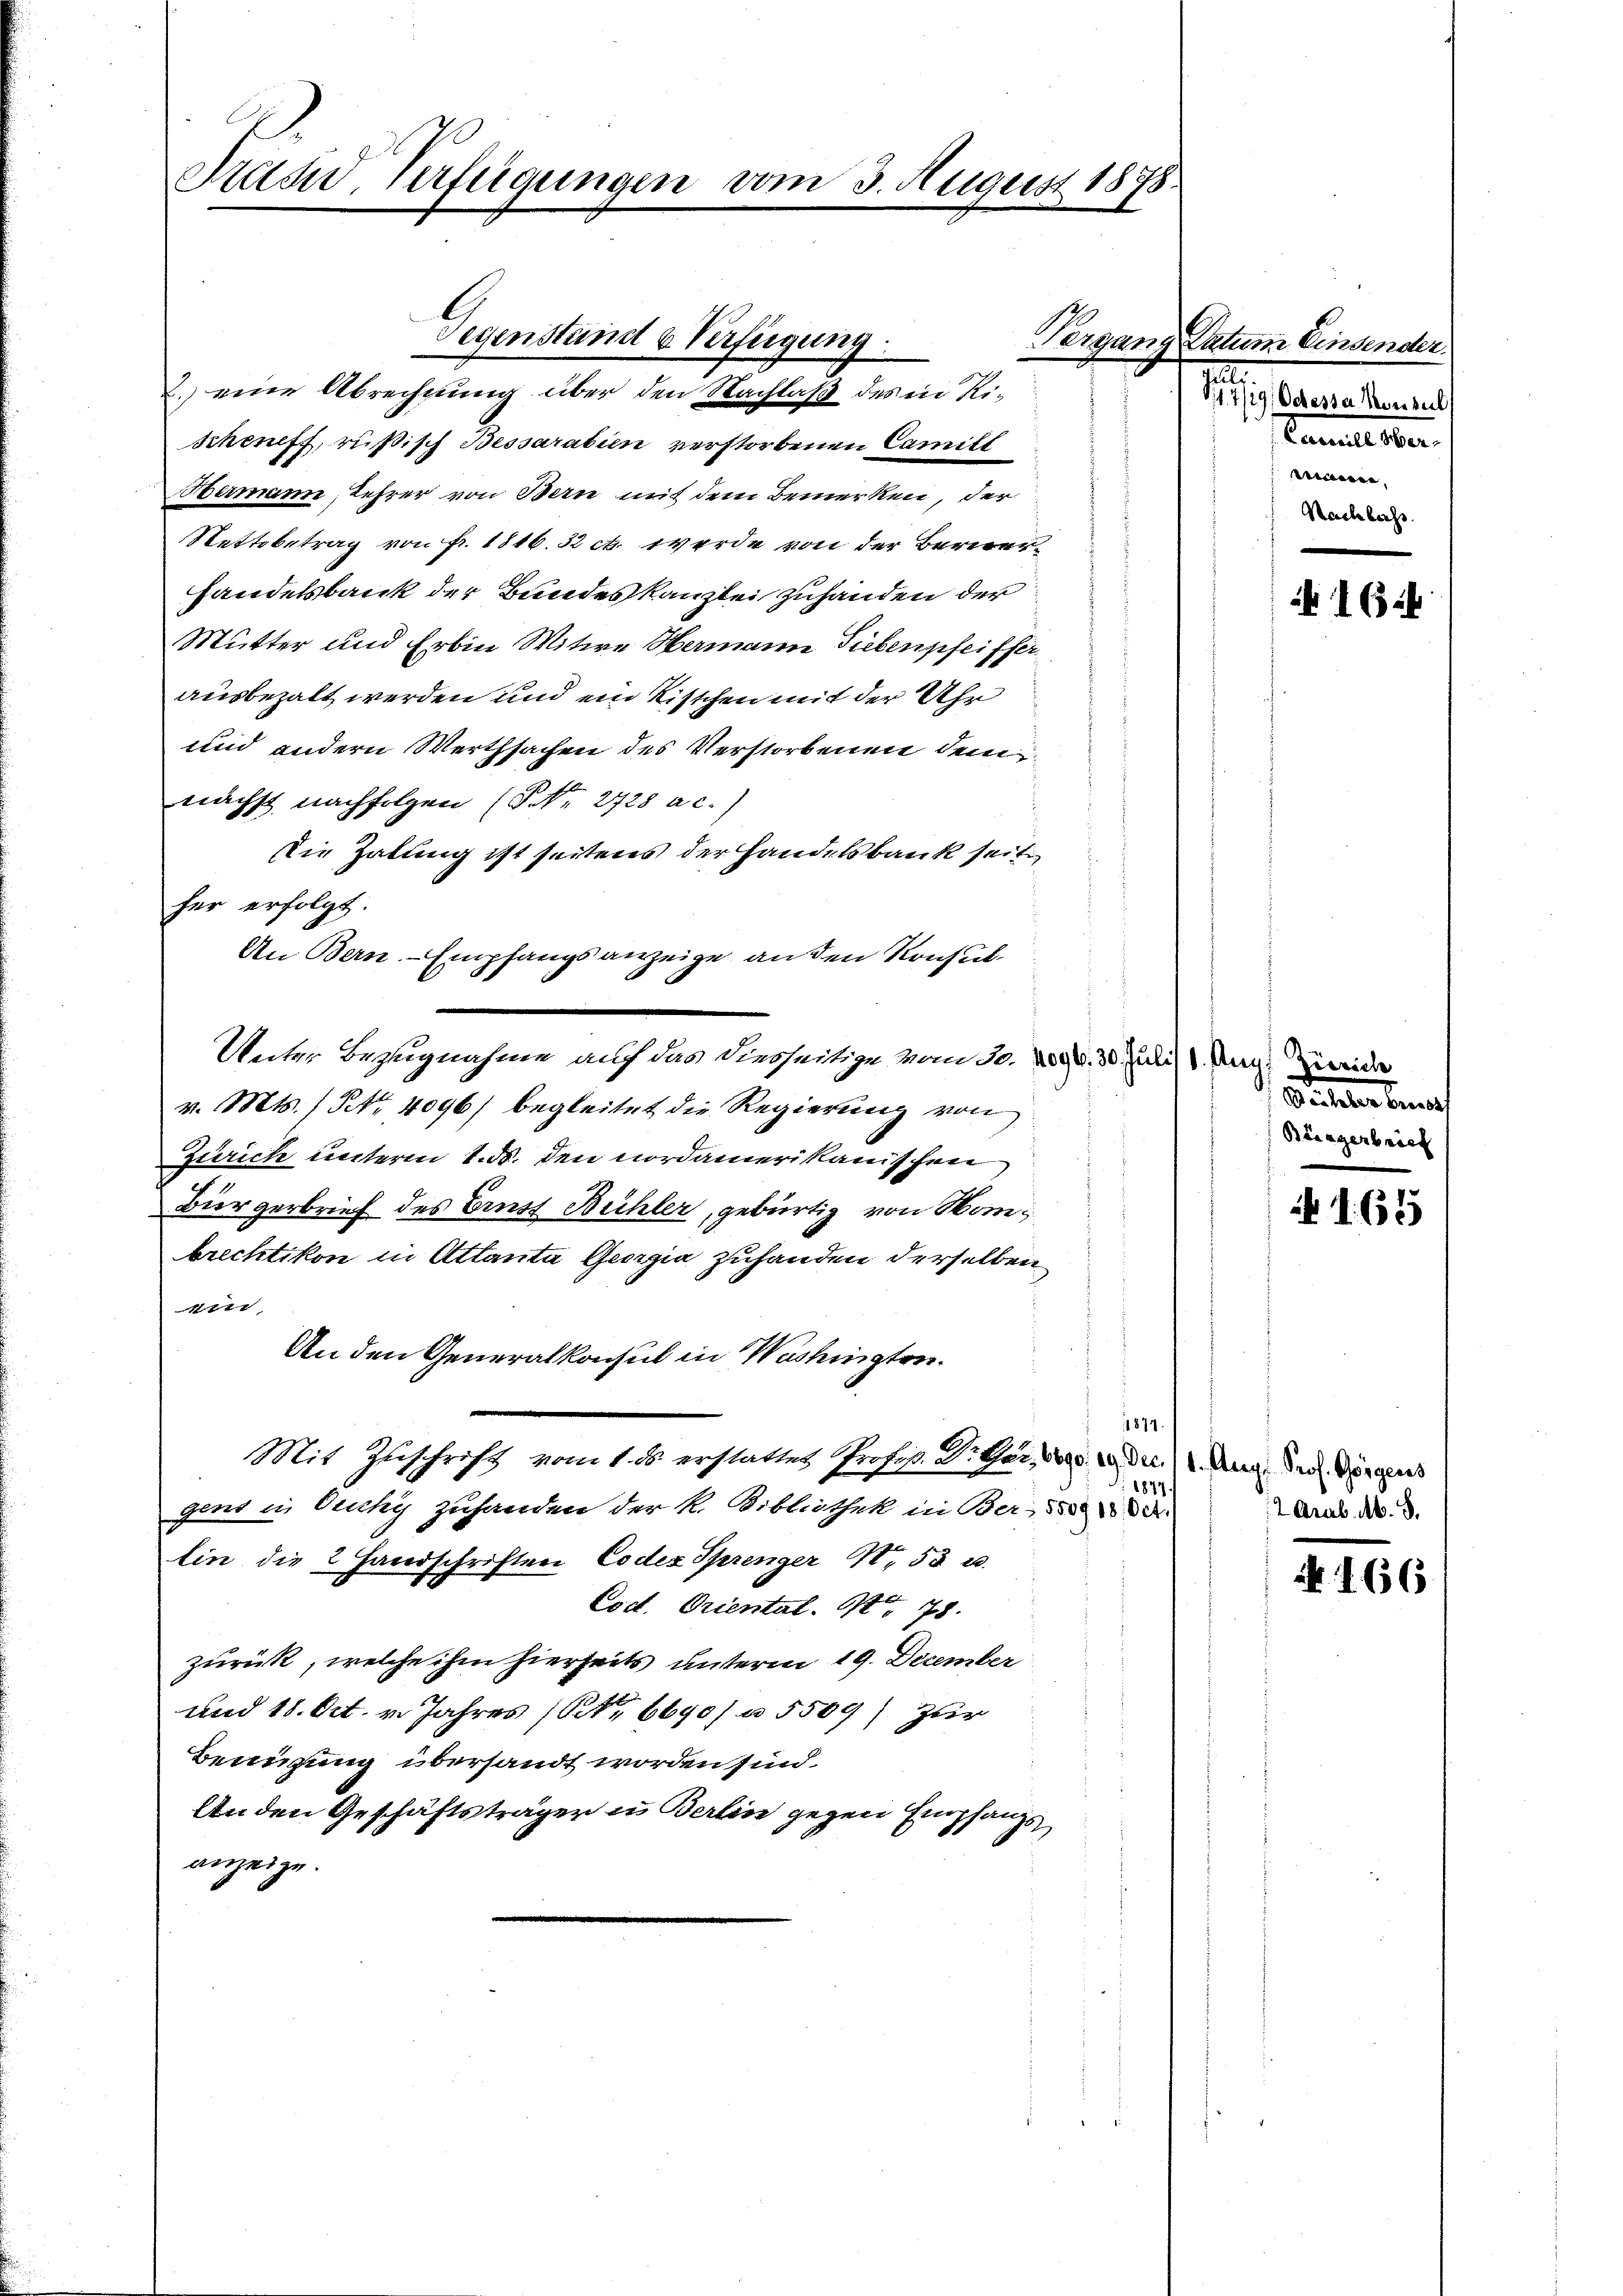
Frau. Verfügungen vom 3. August 1898.

.) eine Abrechnung über den Nachlaß des in Rischeneff, rüßisch Bessarabin verstorbenen Camill
Hermann, Lehrer von Bern mit dem Bemerken, der
Rettbetrag von fr. 1816. 32 ct. werde von der Berner¬
Handelsbank der Bundeskanzlei zuhanden der
Mutter und Erbin Witwe Hermann Fiebenpfeifferausbezalt werden und ein Kistchen mit der Uhr
und andern Werthsachen des Verstorbenen dem
nächst nachfolgen (S. 2728 a c.)
Die Zalung ist seitens der Handelsbank seit
her erfolgt.
An Bern Empfangsanzeige an den Konsul¬
Unter Bezugnahme auf das diesseitige vom 30. 289. 30. Juli 1 Aug. Zweide
v. Mts. / NNo. 4096) begleitet die Regierung von
Zürich unterm 1. d. den nordamerikanischen
.
Diergerbrief des Brust Bühler, gebürtig von Manbrechtikon in Attanta Georgia zuhanden derselben
ein,
An den Generalkonsul in Washingten.
1874.
Mit Zuschrift vom 1. ds. erstattet Profess. Dr Gher, d
1877.
gens in Ouchy zuhanden der k. Bibliothek in Ber
Ein die 2 Handschriften Codex Sprenger N. 53 20
Coct. Oriental. No 78.
zurück, welche ihm hierseits unterm 19. December
und 18. Oct. v. Jahres (Art. 6690/ u 5509) Zur
Benzung übersandt worden sind.
An den Geschäftsträger in Berlin gegen Empfangs
anzeige.

Gegenstand u. Verfügung.

Vergang Datum Einsender
3
S17/19) Odessa Monsul
Samuel Ober
veniere,
Nachlass

i 16.

Dritter benach
Bürgerbrich

165

1. Aug. Prof. Horgens
2 Grab. Ab. 8.

N 166